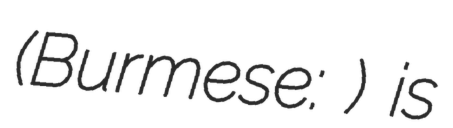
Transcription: (Burmese: ပခန်းငယ်ကျောင်း) is